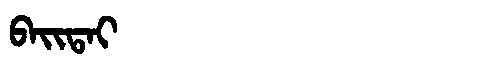
Manchu: ᠪᠠᡳᡨᠠᡳ
Romanization: BAITAI